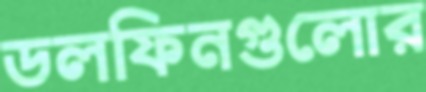
ডলফিনগুলোর